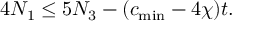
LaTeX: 4 N _ { 1 } \leq 5 N _ { 3 } - ( c _ { \mathrm { m i n } } - 4 \chi ) t .